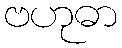
ဗဟုဓာ